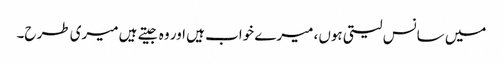
میں سانس لیتی ہوں، میرے خواب ہیں اور وہ جیتے ہیں میری طرح۔